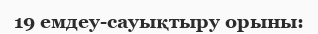
19 емдеу-сауықтыру орыны: